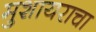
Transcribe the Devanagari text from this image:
मुशायराचा